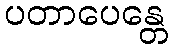
ပတာပေန္တေ